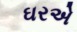
ઘરએ